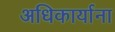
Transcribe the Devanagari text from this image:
अधिकार्याना